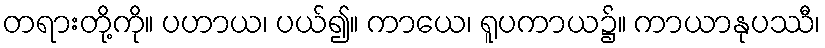
တရားတို့ကို။ ပဟာယ၊ ပယ်၍။ ကာယေ၊ ရူပကာယ၌။ ကာယာနုပဿီ၊